Vaccination North-Western Provinces 1866-1877 - 1866-1877
Year: 1866
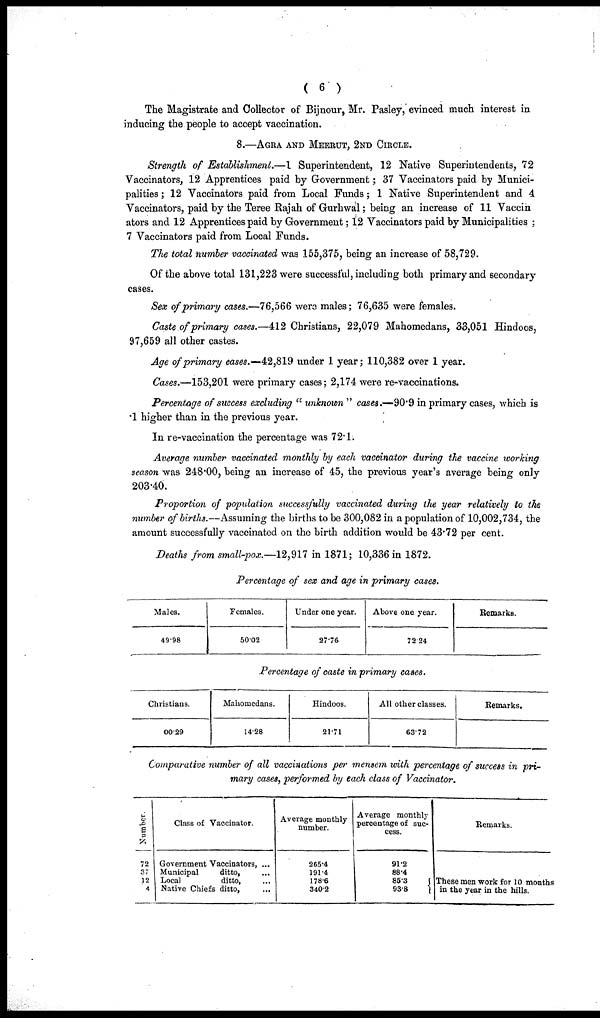
( 6 )
The Magistrate and Collector of Bijnour, Mr. Pasley, evinced much interest in
inducing the people to accept vaccination.
8.—AGRA AND MEERUT, 2ND CIRCLE.
Strength of Establishment.—I Superintendent, 12 Native Superintendents, 72
Vaccinators, 12 Apprentices paid by Government; 37 Vaccinators paid by Munici-
palities ; 12 Vaccinators paid from Local Funds; 1 Native Superintendent and 4
Vaccinators, paid by the Teree Rajah of Gurhwal; being an increase of 11 Vaccin¬
ators and 12 Apprentices paid by Government; 12 Vaccinators paid by Municipalities ;
7 Vaccinators paid from Local Funds.
The total number vaccinated was 155,375, being an increase of 58,729.
Of the above total 131,223 were successful, including both primary and secondary
cases.
Sex of primary cases.—76,566 were males; 76,635 were females.
Caste of primary cases.—412 Christians, 22,079 Mahomedans, 33,051 Hindoos,
97,659 all other castes.
Age of primary cases.—42,819 under 1 year; 110,382 over 1 year.
Cases.—153,201 were primary cases; 2,174 were re-vaccinations.
Percentage of success excluding " unknown " cases.—90.9 in primary cases, which is
.1 higher than in the previous year.
In re-vaccination the percentage was 72.1.
Average number vaccinated monthly by each vaccinator during the vaccine working
season was 248.00, being an increase of 45, the previous year's average being only
203.40.
Proportion of population successfully vaccinated during the year relatively to the
number of births.—Assuming the births to be 300,082 in a population of 10,002,734, the
amount successfully vaccinated on the birth addition would be 43.72 per cent.
Deaths from small-pox.—12,917 in 1871; 10,336 in 1872.
Percentage of sex and age in primary cases.
Males.
49.98
Females.
50.02
Under one year.
27.76
Above one year.
72.24
Remarks.
Percentage of caste in primary cases.
Christians.
00.29
Mahomedans.
14.28
Hindoos.
21.71
All other classes.
63.72
Remarks.
Comparative number of all vaccinations per mensem with percentage of success in pri-
mary cases, performed by each class of Vaccinator.
Number.
72
37
12
4
Class of Vaccinator.
Government Vaccinators, ...
Municipal
ditto, ...
Local
ditto, ...
Native Chiefs ditto,
...
Average monthly
number.
265.4
191.4
178.6
340.2
Average monthly
percentage of suc-
cess.
91.2
88.4
85.3
93.8
Remarks.
These men work for 10 months
in the year in the hills.